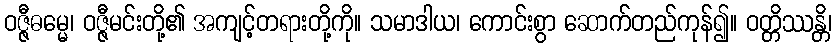
ဝဇ္ဇီဓမ္မေ၊ ဝဇ္ဇီမင်းတို့၏ အကျင့်တရားတို့ကို။ သမာဒါယ၊ ကောင်းစွာ ဆောက်တည်ကုန်၍။ ဝတ္တိဿန္တိ၊